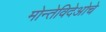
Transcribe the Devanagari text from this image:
मोन्तेविदेओचे